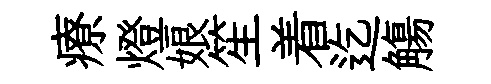
療燈娘笙着迄觴